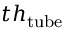
t h _ { \mathrm { t u b e } }